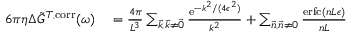
\begin{array} { r l } { 6 \pi \eta \Delta \Tilde { G } ^ { T , \mathrm { c o r r } } ( \omega ) } & { { } = \frac { 4 \pi } { L ^ { 3 } } \sum _ { \vec { k } , \vec { k } \neq \vec { 0 } } \frac { \mathrm { e } ^ { - k ^ { 2 } / ( 4 \epsilon ^ { 2 } ) } } { k ^ { 2 } } + \sum _ { \vec { n } , \vec { n } \neq 0 } \frac { \mathrm { e r f c } \left( n L \epsilon \right) } { n L } } \end{array}